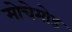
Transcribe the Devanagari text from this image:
मोचेमोड